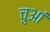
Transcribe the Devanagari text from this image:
चुआं